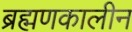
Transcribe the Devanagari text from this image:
ब्रह्मणकालीन